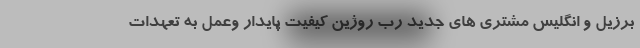
برزیل و انگلیس مشتری های جدید رب روژین کیفیت پایدار وعمل به تعهدات